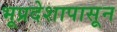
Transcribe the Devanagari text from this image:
भूप्रदेशापासून